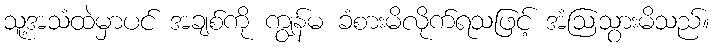
သူ့အသံထဲမှာပင် အချစ်ကို ကျွန်မ ခံစားမိလိုက်ရသဖြင့် အံဩသွားမိသည်။